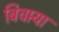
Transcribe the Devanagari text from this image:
बिचार्‍या